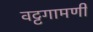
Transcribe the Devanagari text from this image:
वट्टगामणी